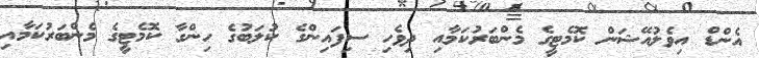
އެންޑް އިވެލުއޭޝަން ކޮމެޓީގެ މެންބަރުކަމާއި ދިވެހި ސިފައިންގެ ކުލަބުގެ ހިންގާ ކޮމެޓީގެ މެންބަރުކަމާއި